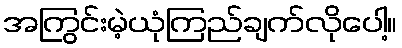
အကြွင်းမဲ့ယုံကြည်ချက်လိုပေါ့။